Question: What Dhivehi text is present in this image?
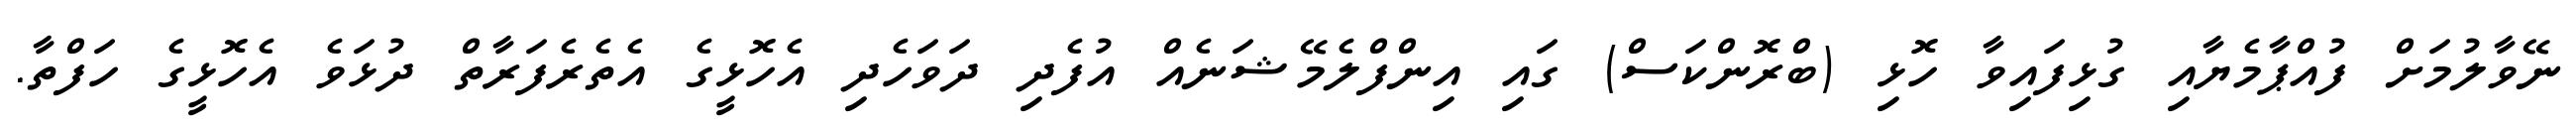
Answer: ނޭވާލުމަށް ފުއްޕާމެޔާއި ގުޅިފައިވާ ހޮޅި (ބްރޮންކަސް) ގައި އިންފްލެމޭޝަނެއް އުފެދި ދަވަހެދި އެހޮޅީގެ އެތެރެފަރާތް ދުޅަވެ އެހޮޅީގެ ހަފްތާ.